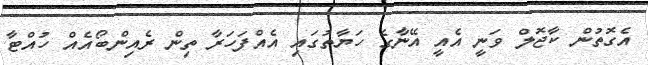
އެގޮތުން ކާޖޮލް ވަނީ އެއީ އޭނާގެ ހަޔާތުގައި އެއްފަހަރާ ތިން ރެއިންބޯއެއް ހުއްޓާ